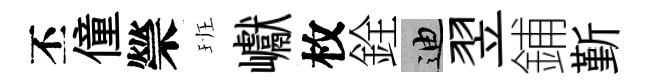
丕僮禜班巘枚銓迪翌鋪斳